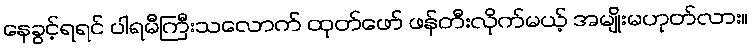
နေခွင့်ရရင် ပါရမီကြီးသလောက် ထုတ်ဖော် ဖန်တီးလိုက်မယ့် အမျိုးမဟုတ်လား။